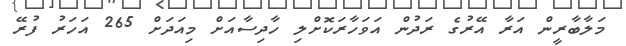
މަލާބާރީން އަރާ އޭރުގެ ރަދުން އަވަހާރަކޮށްލި ހާދިސާއަށް މިއަދަށް 265 އަހަރު ފުރޭ